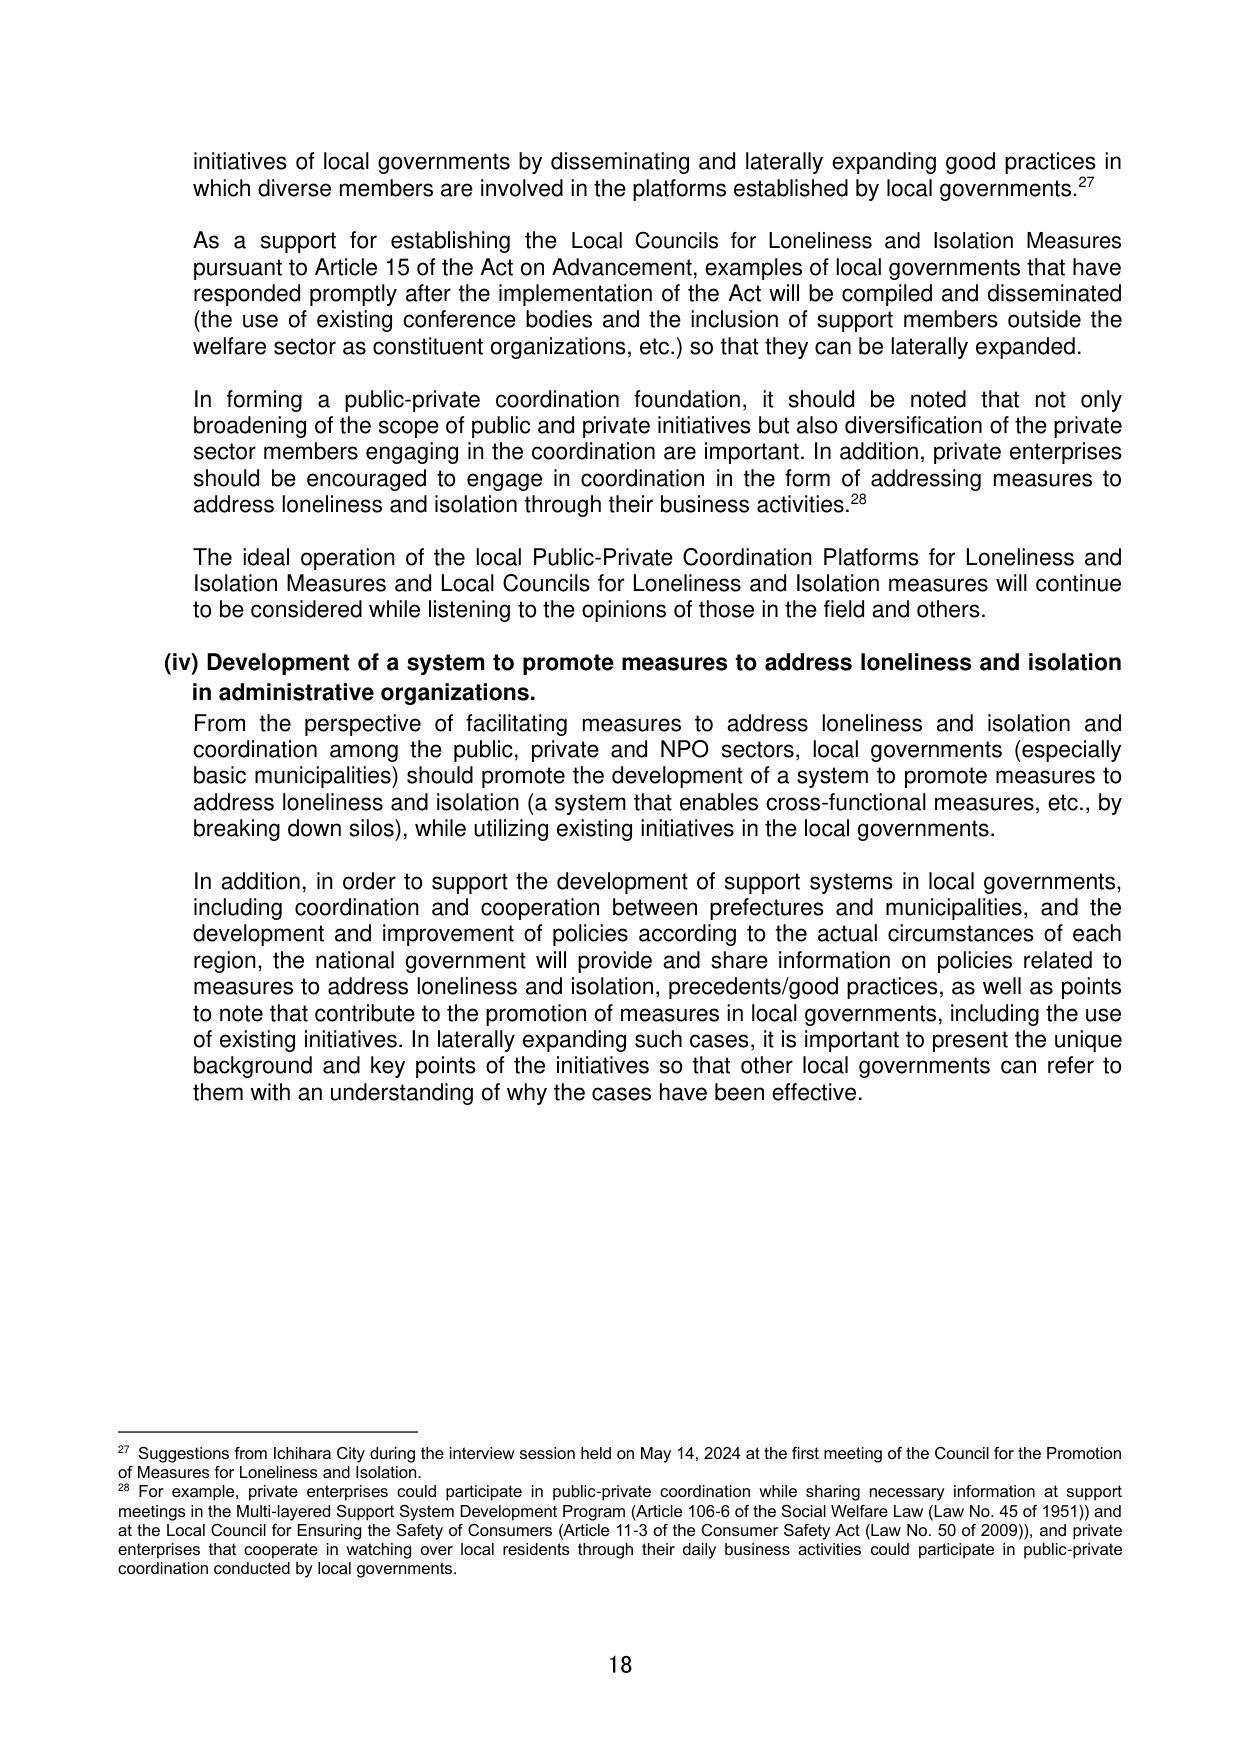
initiatives of local governments by disseminating and laterally expanding good practices in which diverse members are involved in the platforms established by local governments.²⁷

As a support for establishing the Local Councils for Loneliness and Isolation Measures pursuant to Article 15 of the Act on Advancement, examples of local governments that have responded promptly after the implementation of the Act will be compiled and disseminated (the use of existing conference bodies and the inclusion of support members outside the welfare sector as constituent organizations, etc.) so that they can be laterally expanded.

In forming a public-private coordination foundation, it should be noted that not only broadening of the scope of public and private initiatives but also diversification of the private sector members engaging in the coordination are important. In addition, private enterprises should be encouraged to engage in coordination in the form of addressing measures to address loneliness and isolation through their business activities.²⁸

The ideal operation of the local Public-Private Coordination Platforms for Loneliness and Isolation Measures and Local Councils for Loneliness and Isolation measures will continue to be considered while listening to the opinions of those in the field and others.

(iv) Development of a system to promote measures to address loneliness and isolation in administrative organizations.

From the perspective of facilitating measures to address loneliness and isolation and coordination among the public, private and NPO sectors, local governments (especially basic municipalities) should promote the development of a system to promote measures to address loneliness and isolation (a system that enables cross-functional measures, etc., by breaking down silos), while utilizing existing initiatives in the local governments.

In addition, in order to support the development of support systems in local governments, including coordination and cooperation between prefectures and municipalities, and the development and improvement of policies according to the actual circumstances of each region, the national government will provide and share information on policies related to measures to address loneliness and isolation, precedents/good practices, as well as points to note that contribute to the promotion of measures in local governments, including the use of existing initiatives. In laterally expanding such cases, it is important to present the unique background and key points of the initiatives so that other local governments can refer to them with an understanding of why the cases have been effective.

²⁷ Suggestions from Ichihara City during the interview session held on May 14, 2024 at the first meeting of the Council for the Promotion of Measures for Loneliness and Isolation.

²⁸ For example, private enterprises could participate in public-private coordination while sharing necessary information at support meetings in the Multi-layered Support System Development Program (Article 106-6 of the Social Welfare Law (Law No. 45 of 1951)) and at the Local Council for Ensuring the Safety of Consumers (Article 11-3 of the Consumer Safety Act (Law No. 50 of 2009)), and private enterprises that cooperate in watching over local residents through their daily business activities could participate in public-private coordination conducted by local governments.

18